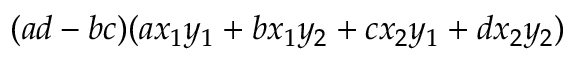
( a d - b c ) ( a x _ { 1 } y _ { 1 } + b x _ { 1 } y _ { 2 } + c x _ { 2 } y _ { 1 } + d x _ { 2 } y _ { 2 } )